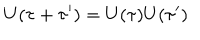
LaTeX: U ( \tau + \tau ^ { \prime } ) = U ( \tau ) U ( \tau ^ { \prime } )